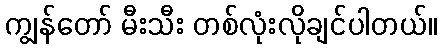
ကျွန်တော် မီးသီး တစ်လုံးလိုချင်ပါတယ်။